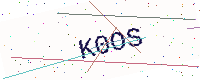
Text: K0OS